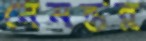
নেমন্তন্ন